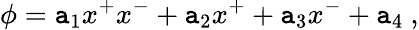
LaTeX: \phi=\mathtt{a}_{1}x^{+}x^{-}+\mathtt{a}_{2}x^{+}+\mathtt{a}_{3}x^{-}+\mathtt{a}_{4}\ ,